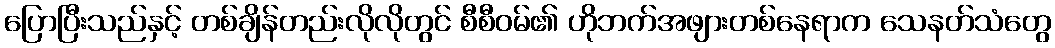
ပြောပြီးသည်နှင့် တစ်ချိန်တည်းလိုလိုတွင် စီစီဝမ်၏ ဟိုဘက်အဖျားတစ်နေရာက သေနတ်သံတွေ